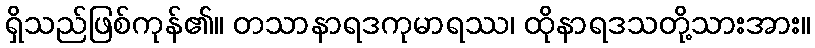
ရှိသည်ဖြစ်ကုန်၏။ တသာနာရဒကုမာရဿ၊ ထိုနာရဒသတို့သားအား။